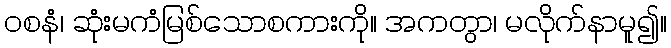
ဝစနံ၊ ဆုံးမကံမြစ်သောစကားကို။ အကတွာ၊ မလိုက်နာမူ၍။